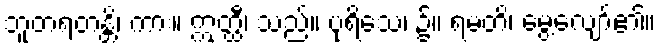
ဘူတရတန္တိ၊ ကား။ ဣတ္ထီ၊ သည်။ ပုရိသေ၊ ၌။ ရမတိ၊ မွေ့လျော်၏။